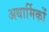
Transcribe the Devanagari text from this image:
अधार्मिकों